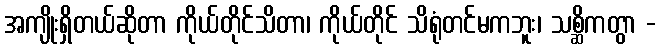
အကျိုးရှိတယ်ဆိုတာ ကိုယ်တိုင်သိတာ၊ ကိုယ်တိုင် သိရုံတင်မကဘူး၊ သစ္ဆိကတွာ -